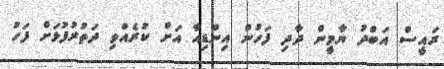
ރައީސް އަބްދު ޔާމީން ދާދި ފަހުން އިންޑިއާ އަށް ކުރެއްވި ދަތުރުފުޅަށް ފަހު